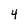
Character: 4